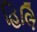
હિલિ